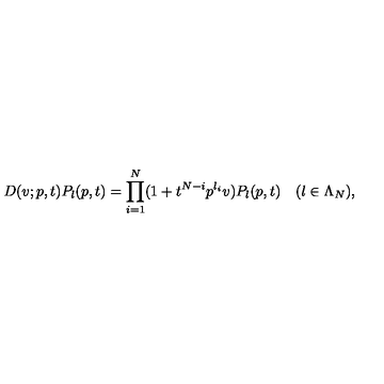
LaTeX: D ( v ; p , t ) P _ { \l } ( p , t ) = \prod _ { i = 1 } ^ { N } ( 1 + t ^ { N - i } p ^ { \l _ { i } } v ) P _ { \l } ( p , t ) \quad ( \l \in \Lambda _ { N } ) ,